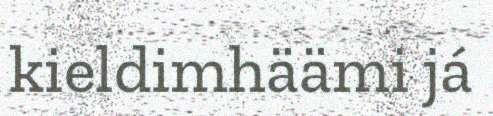
kieldimhäämi já